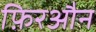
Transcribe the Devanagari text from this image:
फ़िरऔन